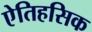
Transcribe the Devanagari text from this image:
एेतिहसिक